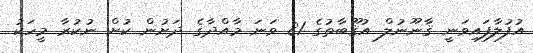
އުފުލާފައިވަނީ ޤާނޫނުލް އުޤޫބާތުގެ 81 ވަނަ މާއްދާގެ ދަށުން ކުށް ނުކުރާ މީހަކު